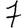
Digit: 7